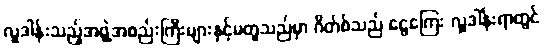
လှူဒါန်းသည့်အဖွဲ့အစည်းကြီးများနှင့်မတူသည်မှာ ဂိတ်စ်သည် ငွေကြေး လှူဒါန်းရာတွင်